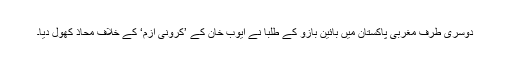
دوسری طرف مغربی پاکستان میں بائین بازو کے طلبا نے ایوب خان کے ’کرونی ازم‘ کے خلاف محاذ کھول دیا۔